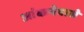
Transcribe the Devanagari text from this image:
आंकनेवाले